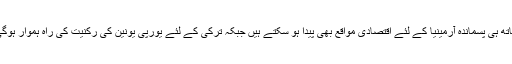
ساتھ ہی پسماندہ آرمینیا کے لئے اقتصادی مواقع بھی پیدا ہو سکتے ہیں جبکہ ترکی کے لئے یورپی یونین کی رکنیت کی راہ ہموار ہوگی۔